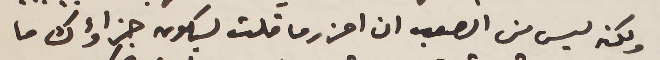
ولكنه ليس من الصعب ان احزر ما قلت ليكون جزاؤك ما